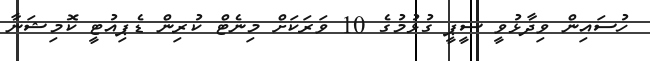
ހުސައިން ވިދާޅުވީ ސީޕީ ގުޅުމުގެ 10 ވަރަކަށް މިނެޓް ކުރިން ޑެޕިއުޓީ ކޮމިޝަނާ